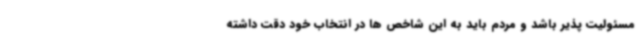
مسئولیت پذیر باشد و مردم باید به این شاخص ها در انتخاب خود دقت داشته